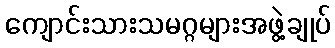
ကျောင်းသားသမဂ္ဂများအဖွဲ့ချုပ်